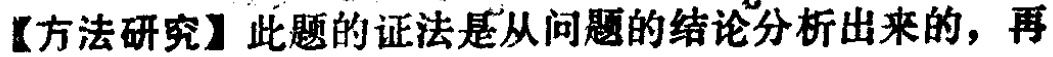
【方法研究】此题的证法是从问题的结论分析出来的，再